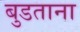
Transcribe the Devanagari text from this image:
बुडताना